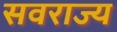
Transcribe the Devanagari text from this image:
सवराज्य